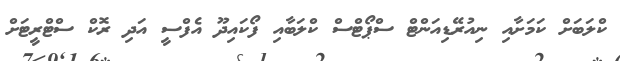
ކްލަބަށް ކަމަށާއި ނިއުރޭޑިއަންޓް ސްޕޯޓްސް ކްލަބާއި ފޯކައިދޫ އެފްސީ އަދި ރޮކް ސްޓްރީޓަށް